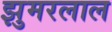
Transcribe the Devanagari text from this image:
झुमरलाल